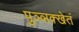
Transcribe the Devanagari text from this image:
पुञ्ञक्खेतं